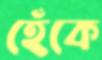
হেঁকে